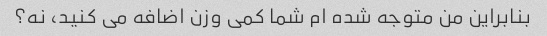
بنابراین من متوجه شده ام شما کمی وزن اضافه می کنید، نه؟